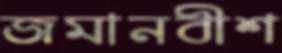
জমানবীশ